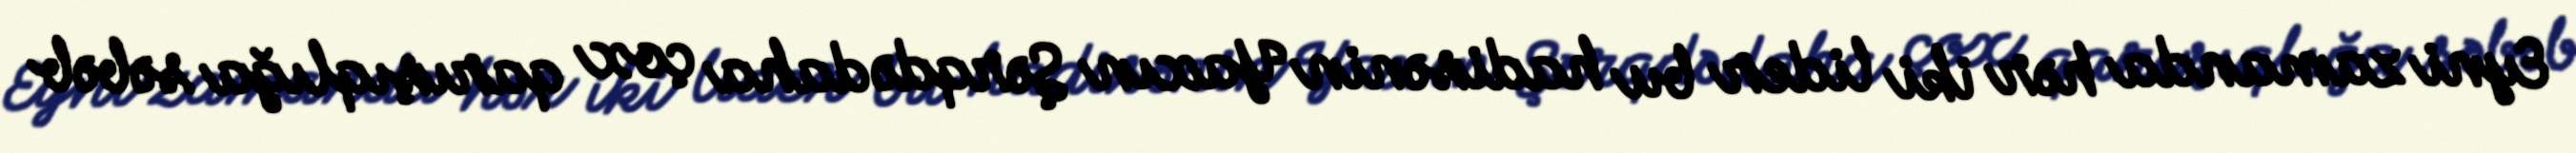
Eyni zamanda hər iki lider bu hadisənin Yaxın Şərqdə daha çox qarışıqlığa səbəb